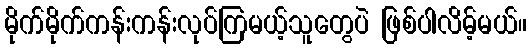
မိုက်မိုက်ကန်းကန်းလုပ်ကြမယ့်သူတွေပဲ ဖြစ်ပါလိမ့်မယ်။